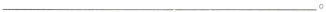
___。